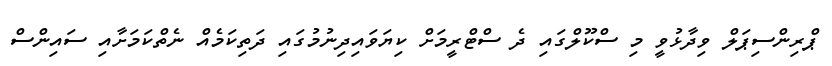
ޕްރިންސިޕަލް ވިދާޅުވީ މި ސްކޫލްގައި ދެ ސްޓްރީމަށް ކިޔަވައިދިނުމުގައި ދަތިކަމެއް ނެތްކަމަށާއި ސައިންސް